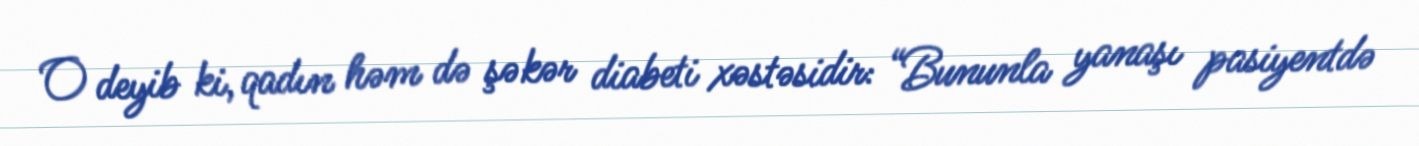
O deyib ki, qadın həm də şəkər diabeti xəstəsidir: “Bununla yanaşı pasiyentdə